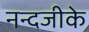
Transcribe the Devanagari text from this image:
नन्दजीके